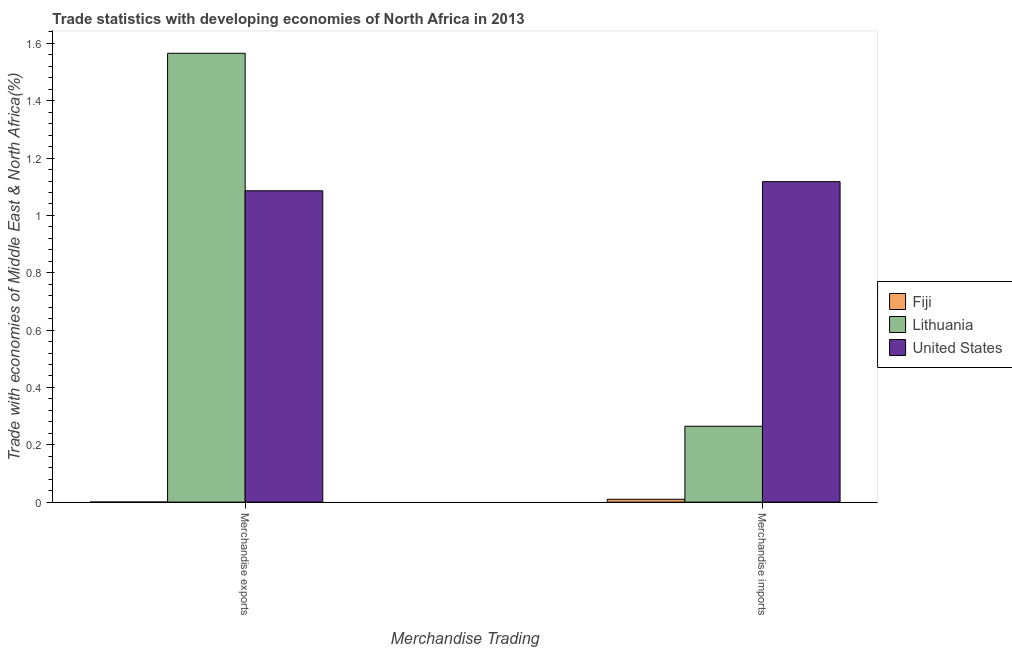
| Merchandise Trading | Fiji | Lithuania | United States |
 | --- | --- | --- | --- |
 | Merchandise exports | 0.00013 | 1.57 | 1.09 |
 | Merchandise imports | 0.00992 | 0.265 | 1.12 |